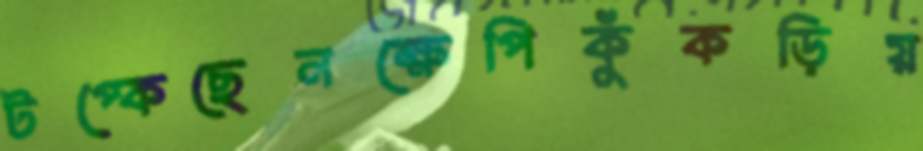
টপ্‌কেছেনক্ষেপিকুঁকড়িয়